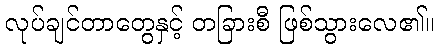
လုပ်ချင်တာတွေနှင့် တခြားစီ ဖြစ်သွားလေ၏။